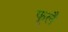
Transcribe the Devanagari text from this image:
फूलै